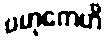
ဗဟုကေဟိ